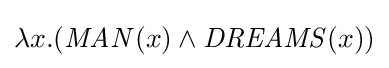
\lambda x.({\mathit {MAN}}(x)\wedge {\mathit {DREAMS}}(x))